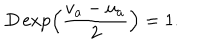
D \exp \left( \frac { v _ { a } - u _ { a } } { 2 } \right) = 1 .